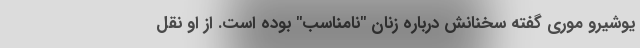
یوشیرو موری گفته سخنانش درباره زنان "نامناسب" بوده است. از او نقل